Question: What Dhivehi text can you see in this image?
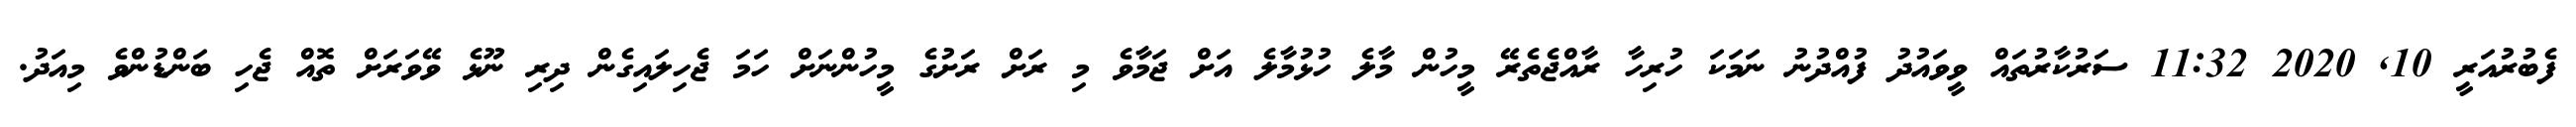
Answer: ފެބުރުއަރީ 10, 2020 11:32 ސަރުކާރުތައް ވީވައުދު ފުއްދުނު ނަމަކަ ހުރިހާ ރާއްޖެތެރޭ މީހުން މާލެ ހުޅުމާލެ އަށް ޖަމާވެ މި ރަށް ރަށުގެ މީހުންނަށް ހަމަ ޖެހިލައިގެން ދިރި ނޫޅެ ވޭވަރަށް ތޮއް ޖެހި ބަންޑުންވެ މިއަދު.